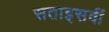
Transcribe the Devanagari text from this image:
सताइसवीं